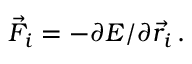
\vec { F } _ { i } = - \partial E / \partial \vec { r } _ { i } \, .